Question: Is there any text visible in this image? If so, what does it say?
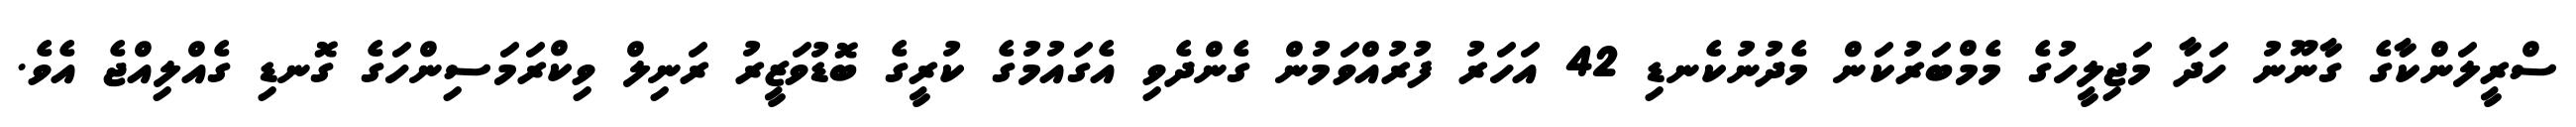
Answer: ސްރީލަންކާގެ ގާނޫނު ހަދާ މަޖިލީހުގެ މެމްބަރުކަން މެދުނުކެނޑި 42 އަހަރު ފުރުއްވަމުން ގެންދެވި އެގައުމުގެ ކުރީގެ ބޮޑުވަޒީރު ރަނިލް ވިކްރަމަސިންހަގެ ގޮނޑި ގެއްލިއްޖެ އެވެ.